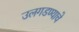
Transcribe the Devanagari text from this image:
उलगडण्याचे